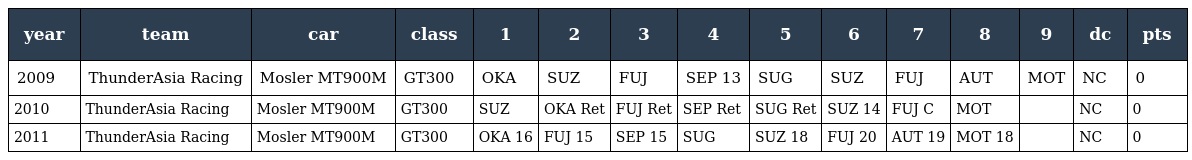
| year | team | car | class | 1 | 2 | 3 | 4 | 5 | 6 | 7 | 8 | 9 | dc | pts |
 | --- | --- | --- | --- | --- | --- | --- | --- | --- | --- | --- | --- | --- | --- | --- |
 | 2009 | ThunderAsia Racing | Mosler MT900M | GT300 | OKA | SUZ | FUJ | SEP 13 | SUG | SUZ | FUJ | AUT | MOT | NC | 0 |
 | 2010 | ThunderAsia Racing | Mosler MT900M | GT300 | SUZ | OKA Ret | FUJ Ret | SEP Ret | SUG Ret | SUZ 14 | FUJ C | MOT |  | NC | 0 |
 | 2011 | ThunderAsia Racing | Mosler MT900M | GT300 | OKA 16 | FUJ 15 | SEP 15 | SUG | SUZ 18 | FUJ 20 | AUT 19 | MOT 18 |  | NC | 0 |